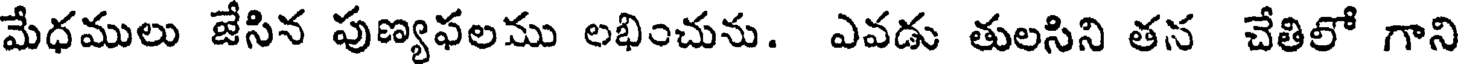
మేధములు జేసిన పుణ్యఫలము లభించును. ఎవడు తులసిని తన చేతిలో గాని